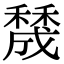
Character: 𥢲